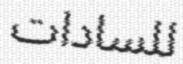
للسادات